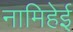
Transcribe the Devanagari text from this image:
नामिहेई